Scottish Leaving Certificate Examination, 1960
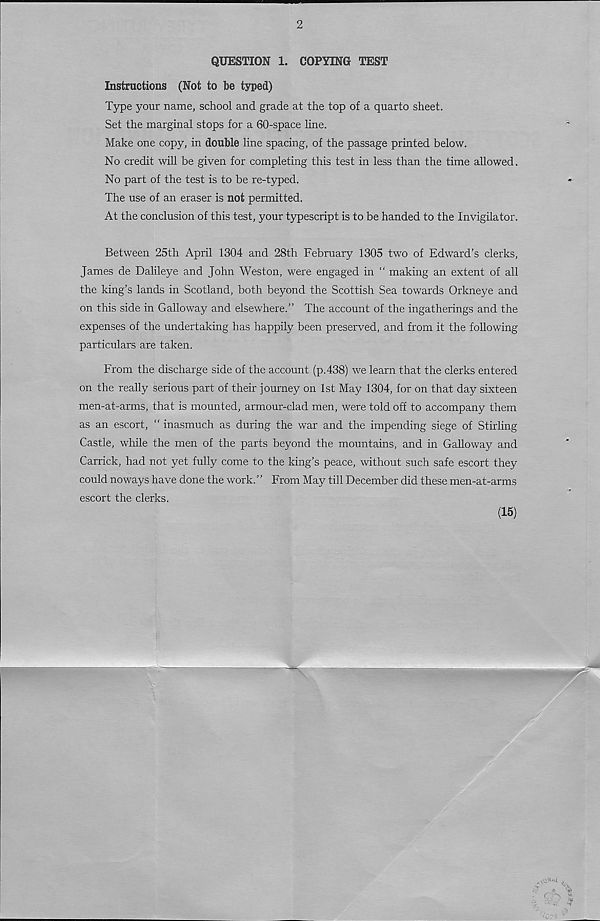
2
QUESTION 1. COPYING TEST
Instructions (Not to be typed)
Type your name, school and grade at the top of a quarto sheet.
Set the marginal stops for a 60-space line.
Make one copy, in double line spacing, of the passage printed below.
No credit will be given for completing this test in less than the time allowed.
No part of the test is to be re-typed.
The use of an eraser is not permitted.
At the conclusion of this test, your typescript is to be handed to the Invigilator.
Between 25th April 1304 and 28th February 1305 two of Edward’s clerks,
James de Dalileye and John Weston, were engaged in “ making an extent of all
the king’s lands in Scotland, both beyond the Scottish Sea towards Orkneye and
on this side in Galloway and elsewhere.” The account of the ingatherings and the
expenses of the undertaking has happily been preserved, and from it the following
particulars are taken.
From the discharge side of the account (p.438) we learn that the clerks entered
on the really serious part of their journey on 1st May 1304, for on that day sixteen
men-at-arms, that is mounted, armour-clad men, were told off to accompany them
as an escort, “ inasmuch as during the war and the impending siege of Stirling
Castle, while the men of the parts beyond the mountains, and in Galloway and
Carrick, had not yet fully come to the king’s peace, without such safe escort they
could noways have done the work.’’ From May till December did these men-at-arms
escort the clerks.
(15)
e,
■> '
'A
■ s. ' -o